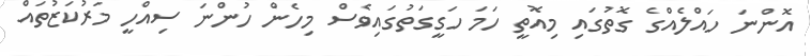
އޮންނަ ހައްލެއްގެ ގޮތުގައި މިއޮތީ ހަމަ ހަގީގަތުގައިވެސް މިހެން ހުންނަ ސިއްހީ މަރުކަޒުތައް